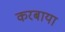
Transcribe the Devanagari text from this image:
करबाया